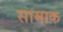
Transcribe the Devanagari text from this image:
सामाक